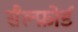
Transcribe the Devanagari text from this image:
सैल्फ़ोर्ड